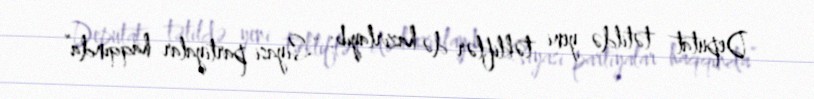
Deputat tətildə yeni təkliflər də hazırlayıb: “Siyasi partiyalar haqqında”